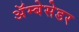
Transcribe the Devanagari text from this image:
अॅम्बेसेडर